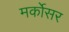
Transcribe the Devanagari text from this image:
मर्कोसर